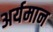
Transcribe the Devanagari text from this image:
अर्यमान